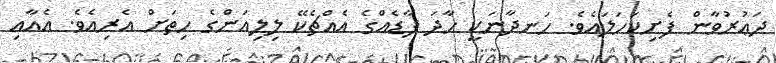
ދަޢުރުވާން ފެށިކަހަލައެވެ. ހަނދާނަކީ ހާދަ ފާޑެއްގެ އެއްޗެކޭ ލިލިއަންގެ ހިތަށް އެރިއެވެ. އެއާއި